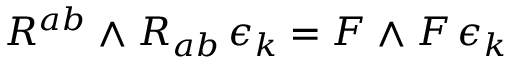
R ^ { a b } \mathrm { \tiny ~ \wedge ~ } R _ { a b } \, \epsilon _ { k } = F \mathrm { \tiny ~ \wedge ~ } F \, \epsilon _ { k }